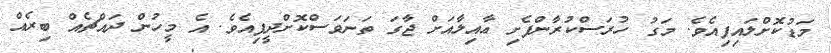
މަޑުކޮށްލައިފިއެވެ. މަގު ހުރަސްކުރާންފެށި ޢާއިލާއަށް ޖާގަ ތަނަވަސްކޮށްދީފިއެވެ. އެ މީހުން ދައްޗެއް ބިރެއް